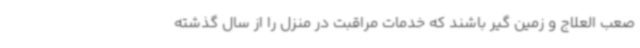
صعب العلاج و زمین گیر باشند که خدمات مراقبت در منزل را از سال گذشته